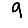
Digit: 9